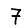
Digit: 7